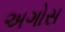
અગોસ